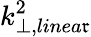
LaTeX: k_{\perp,linea\mathfrak{r}}^{2}